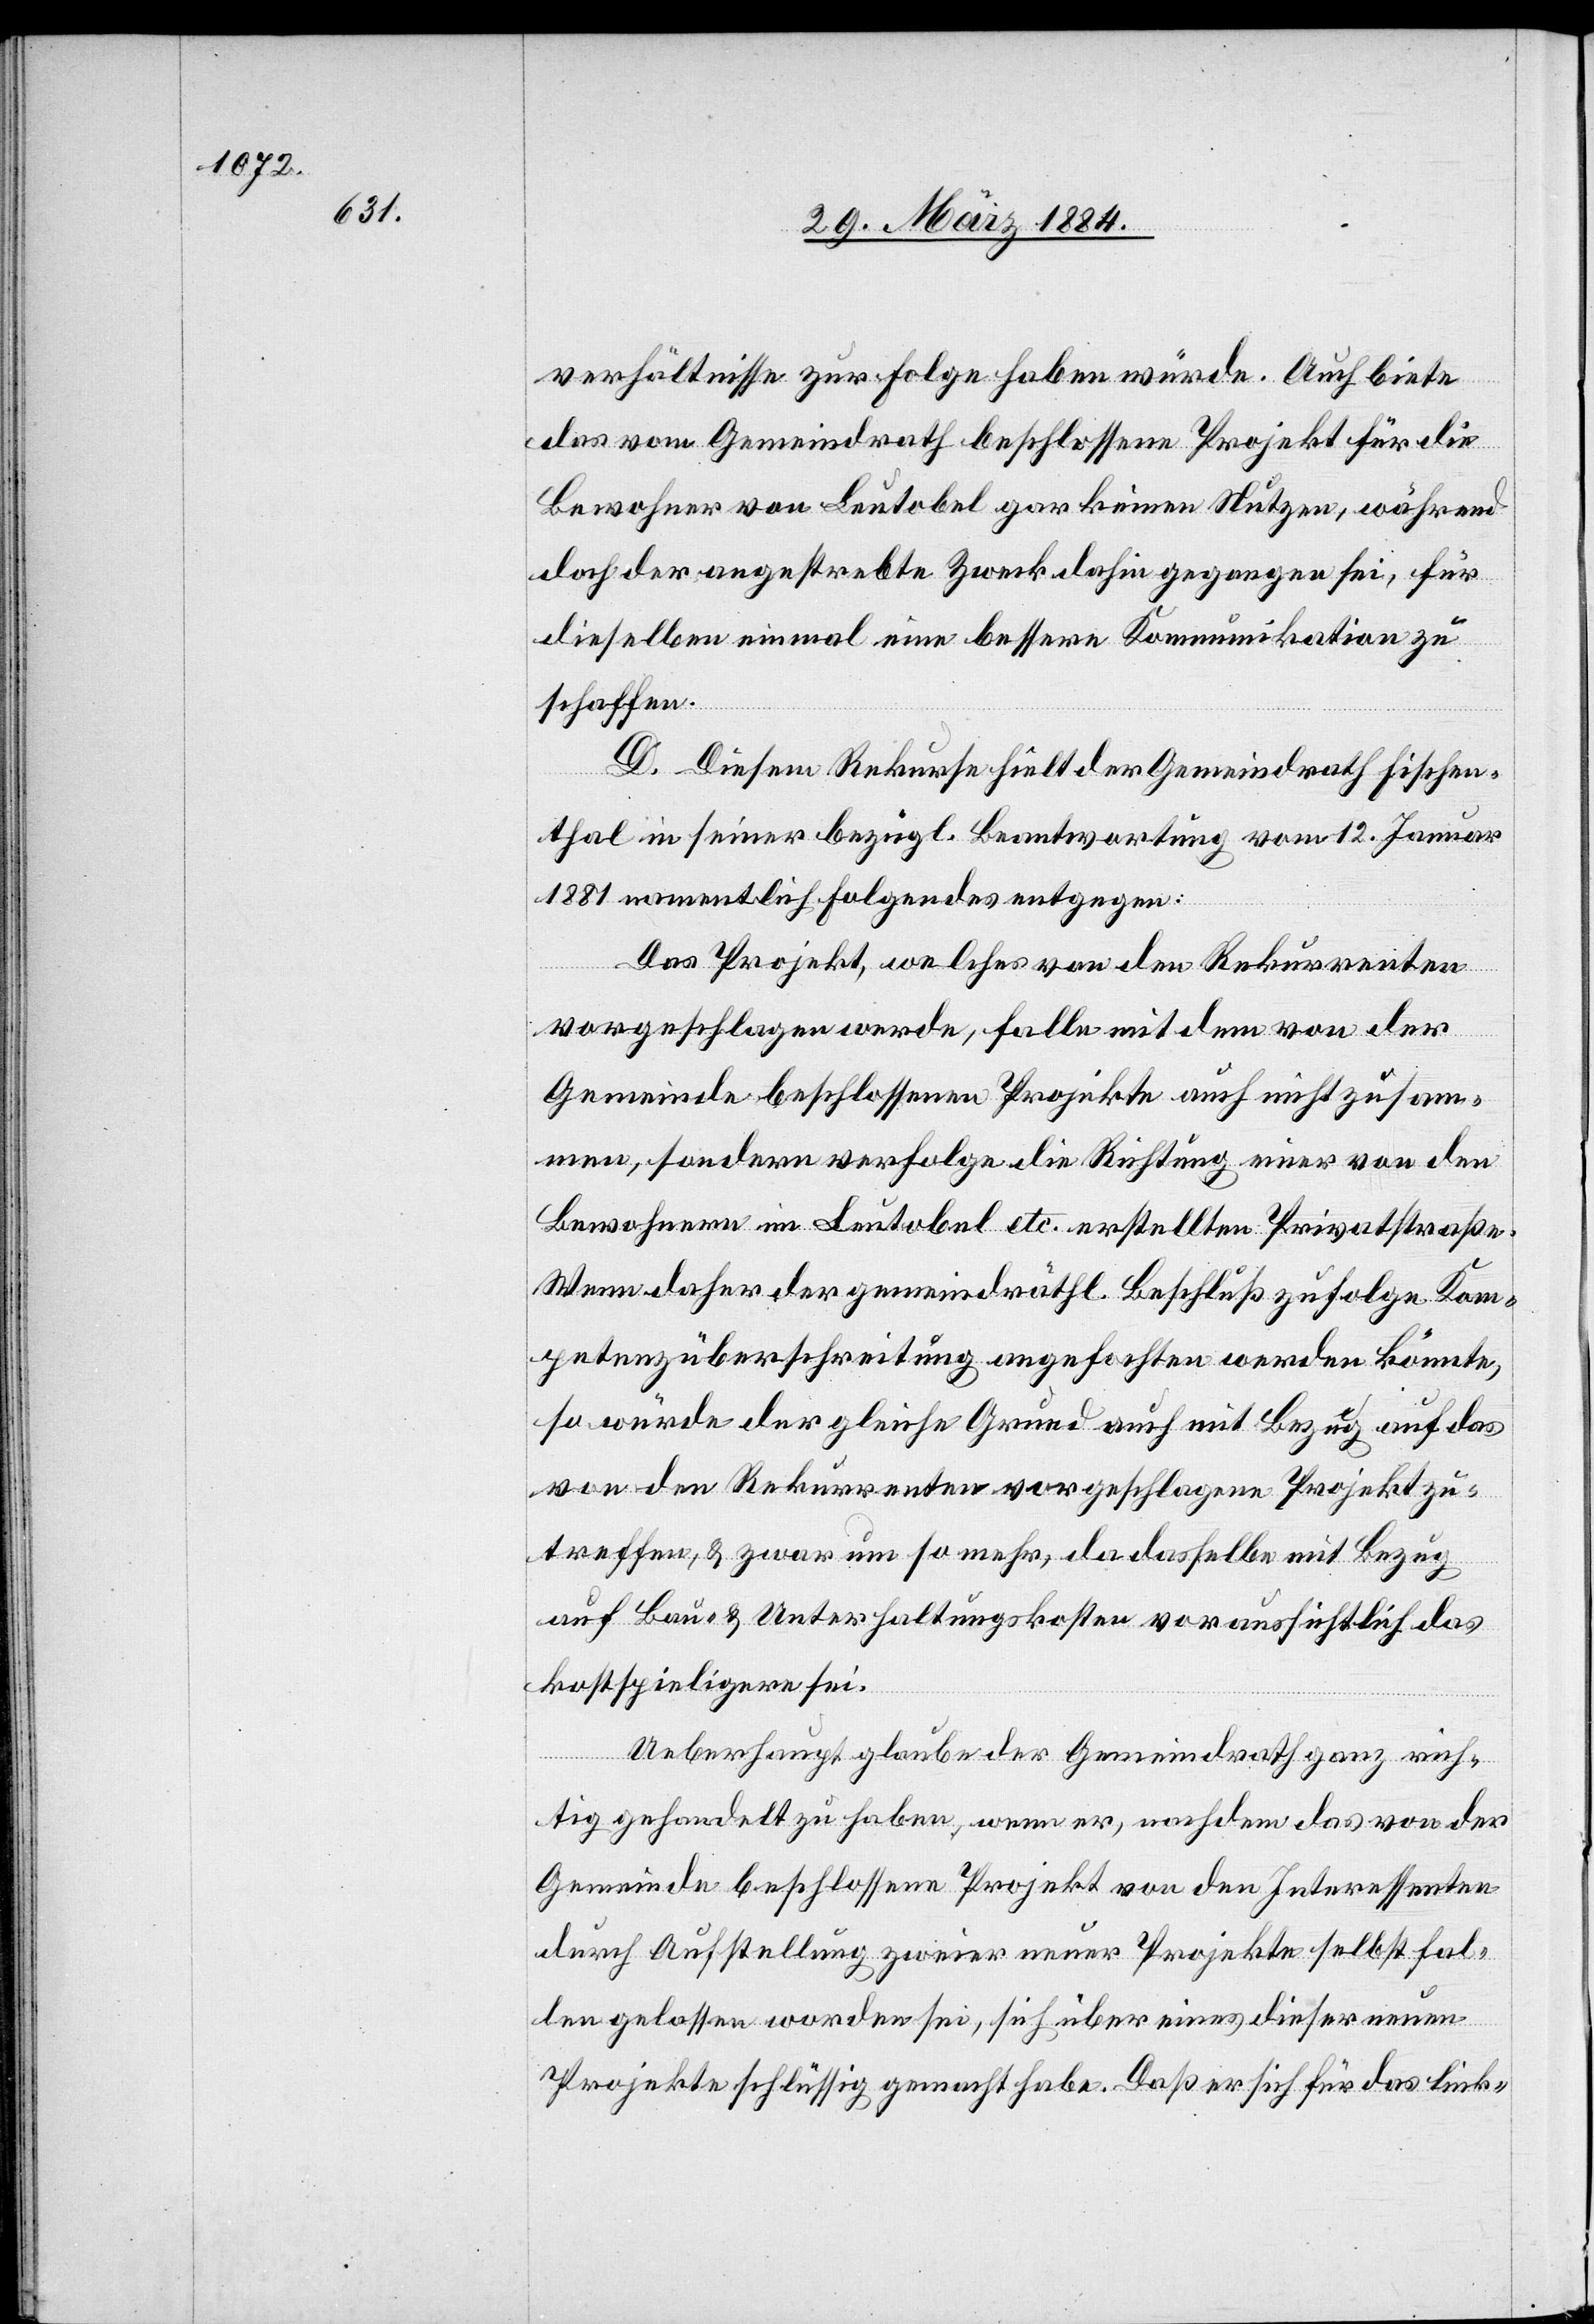
verhältnisse zur Folge haben würde. Auch biete
das vom Gemeindrath beschlossene Projekt für die
Bewohner von Leutobel gar keinen Nutzen, während
doch der angestrebte Zweck dahin gegangen sei, für
dieselben einmal eine bessere Kommunikation zu
schaffen.
D. Diesem Rekurse hielt der Gemeindrath Fischen¬
thal in seiner bezügl. Beantwortung vom 12. Januar
1881 namentlich Folgendes entgegen:
Das Projekt, welches von den Rekurrenten
vorgeschlagen werde, falle mit dem von der
Gemeinde beschlossenen Projekte auch nicht zusam¬
men, sondern verfolge die Richtung einer von den
Bewohnern im Leutobel etc. erstellten Privatstraße.
Wenn daher der gemeindräthl. Beschluß zufolge Kom¬
petenzüberschreitung angefochten werden könnte,
so würde der gleiche Grund auch mit Bezug auf das
von den Rekurrenten vorgeschlagene Projekt zu¬
treffen, & zwar um so mehr, da dasselbe mit Bezug
auf Bau- & Unterhaltungskosten voraussichtlich das
kostspieligere sei.
Ueberhaupt glaube der Gemeindrath ganz rich¬
tig gehandelt zu haben, wenn er, nachdem das von der
Gemeinde beschlossene Projekt von den Interessenten
durch Aufstellung zweiter neuer Projekte selbst fal¬
len gelassen worden sei, sich über eines dieser neuen
Projekte schlüssig gemacht habe. Daß er sich für das link-